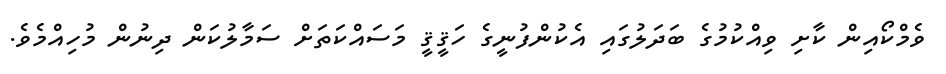
ވެމްކޯއިން ކާށި ވިއްކުމުގެ ބަދަލުގައި އެކުންފުނީގެ ހަޤީޤީ މަސައްކަތަށް ސަމާލުކަން ދިނުން މުހިއްމެވެ.